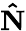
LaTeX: \mathbf{\hat{N}}